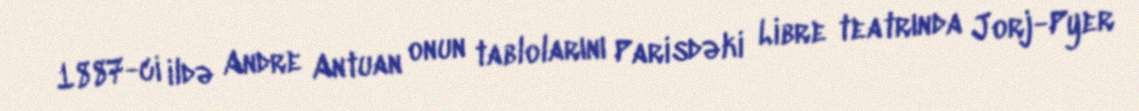
1887-ci ildə Andre Antuan onun tablolarını Parisdəki Libre teatrında Jorj-Pyer